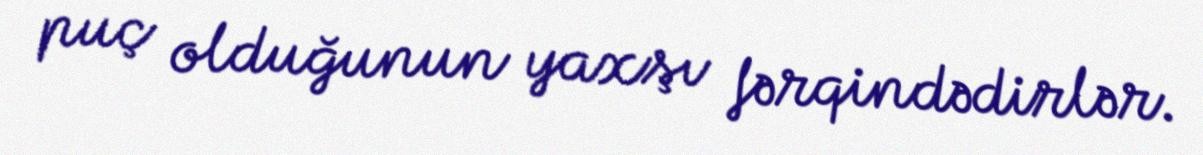
puç olduğunun yaxşı fərqindədirlər.